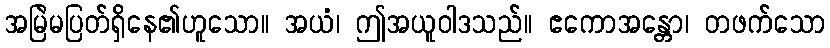
အမြဲမပြတ်ရှိနေ၏ဟူသော။ အယံ၊ ဤအယူဝါဒသည်။ ဧကောအန္တော၊ တဖက်သော